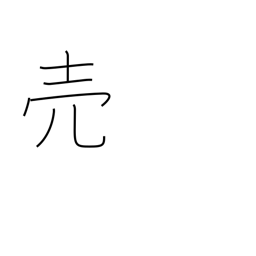
Meaning: sell